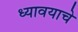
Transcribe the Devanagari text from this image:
ध्यावयाचे